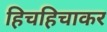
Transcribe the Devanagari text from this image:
हिचहिचाकर